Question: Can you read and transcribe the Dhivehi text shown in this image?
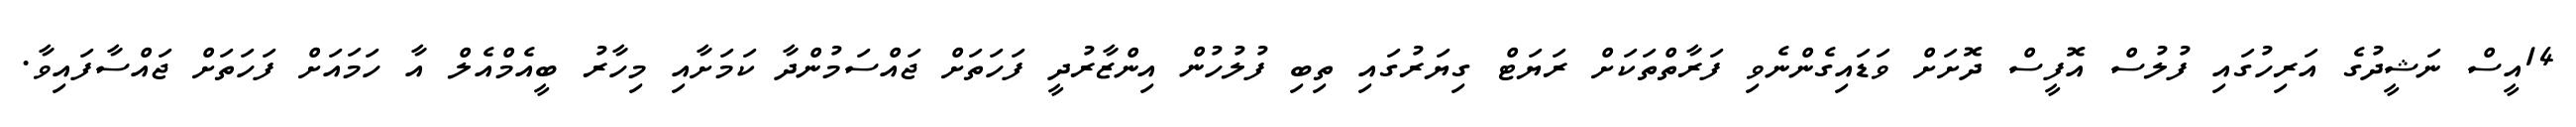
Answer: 14އީސް ނަޝީދުގެ އަރިހުގައި ފުލުސް އޮފީސް ދޮށަށް ވަޑައިގެންނެވި ފަރާތްތަކަށް ރަޔަޓް ގިޔަރުގައި ތިބި ފުލުހުން އިންޒާރުދީ ފަހަތަށް ޖައްސަމުންދާ ކަމަށާއި މިހާރު ބީއެމްއެލް އާ ހަމައަށް ފަހަތަށް ޖައްސާފައިވާ.